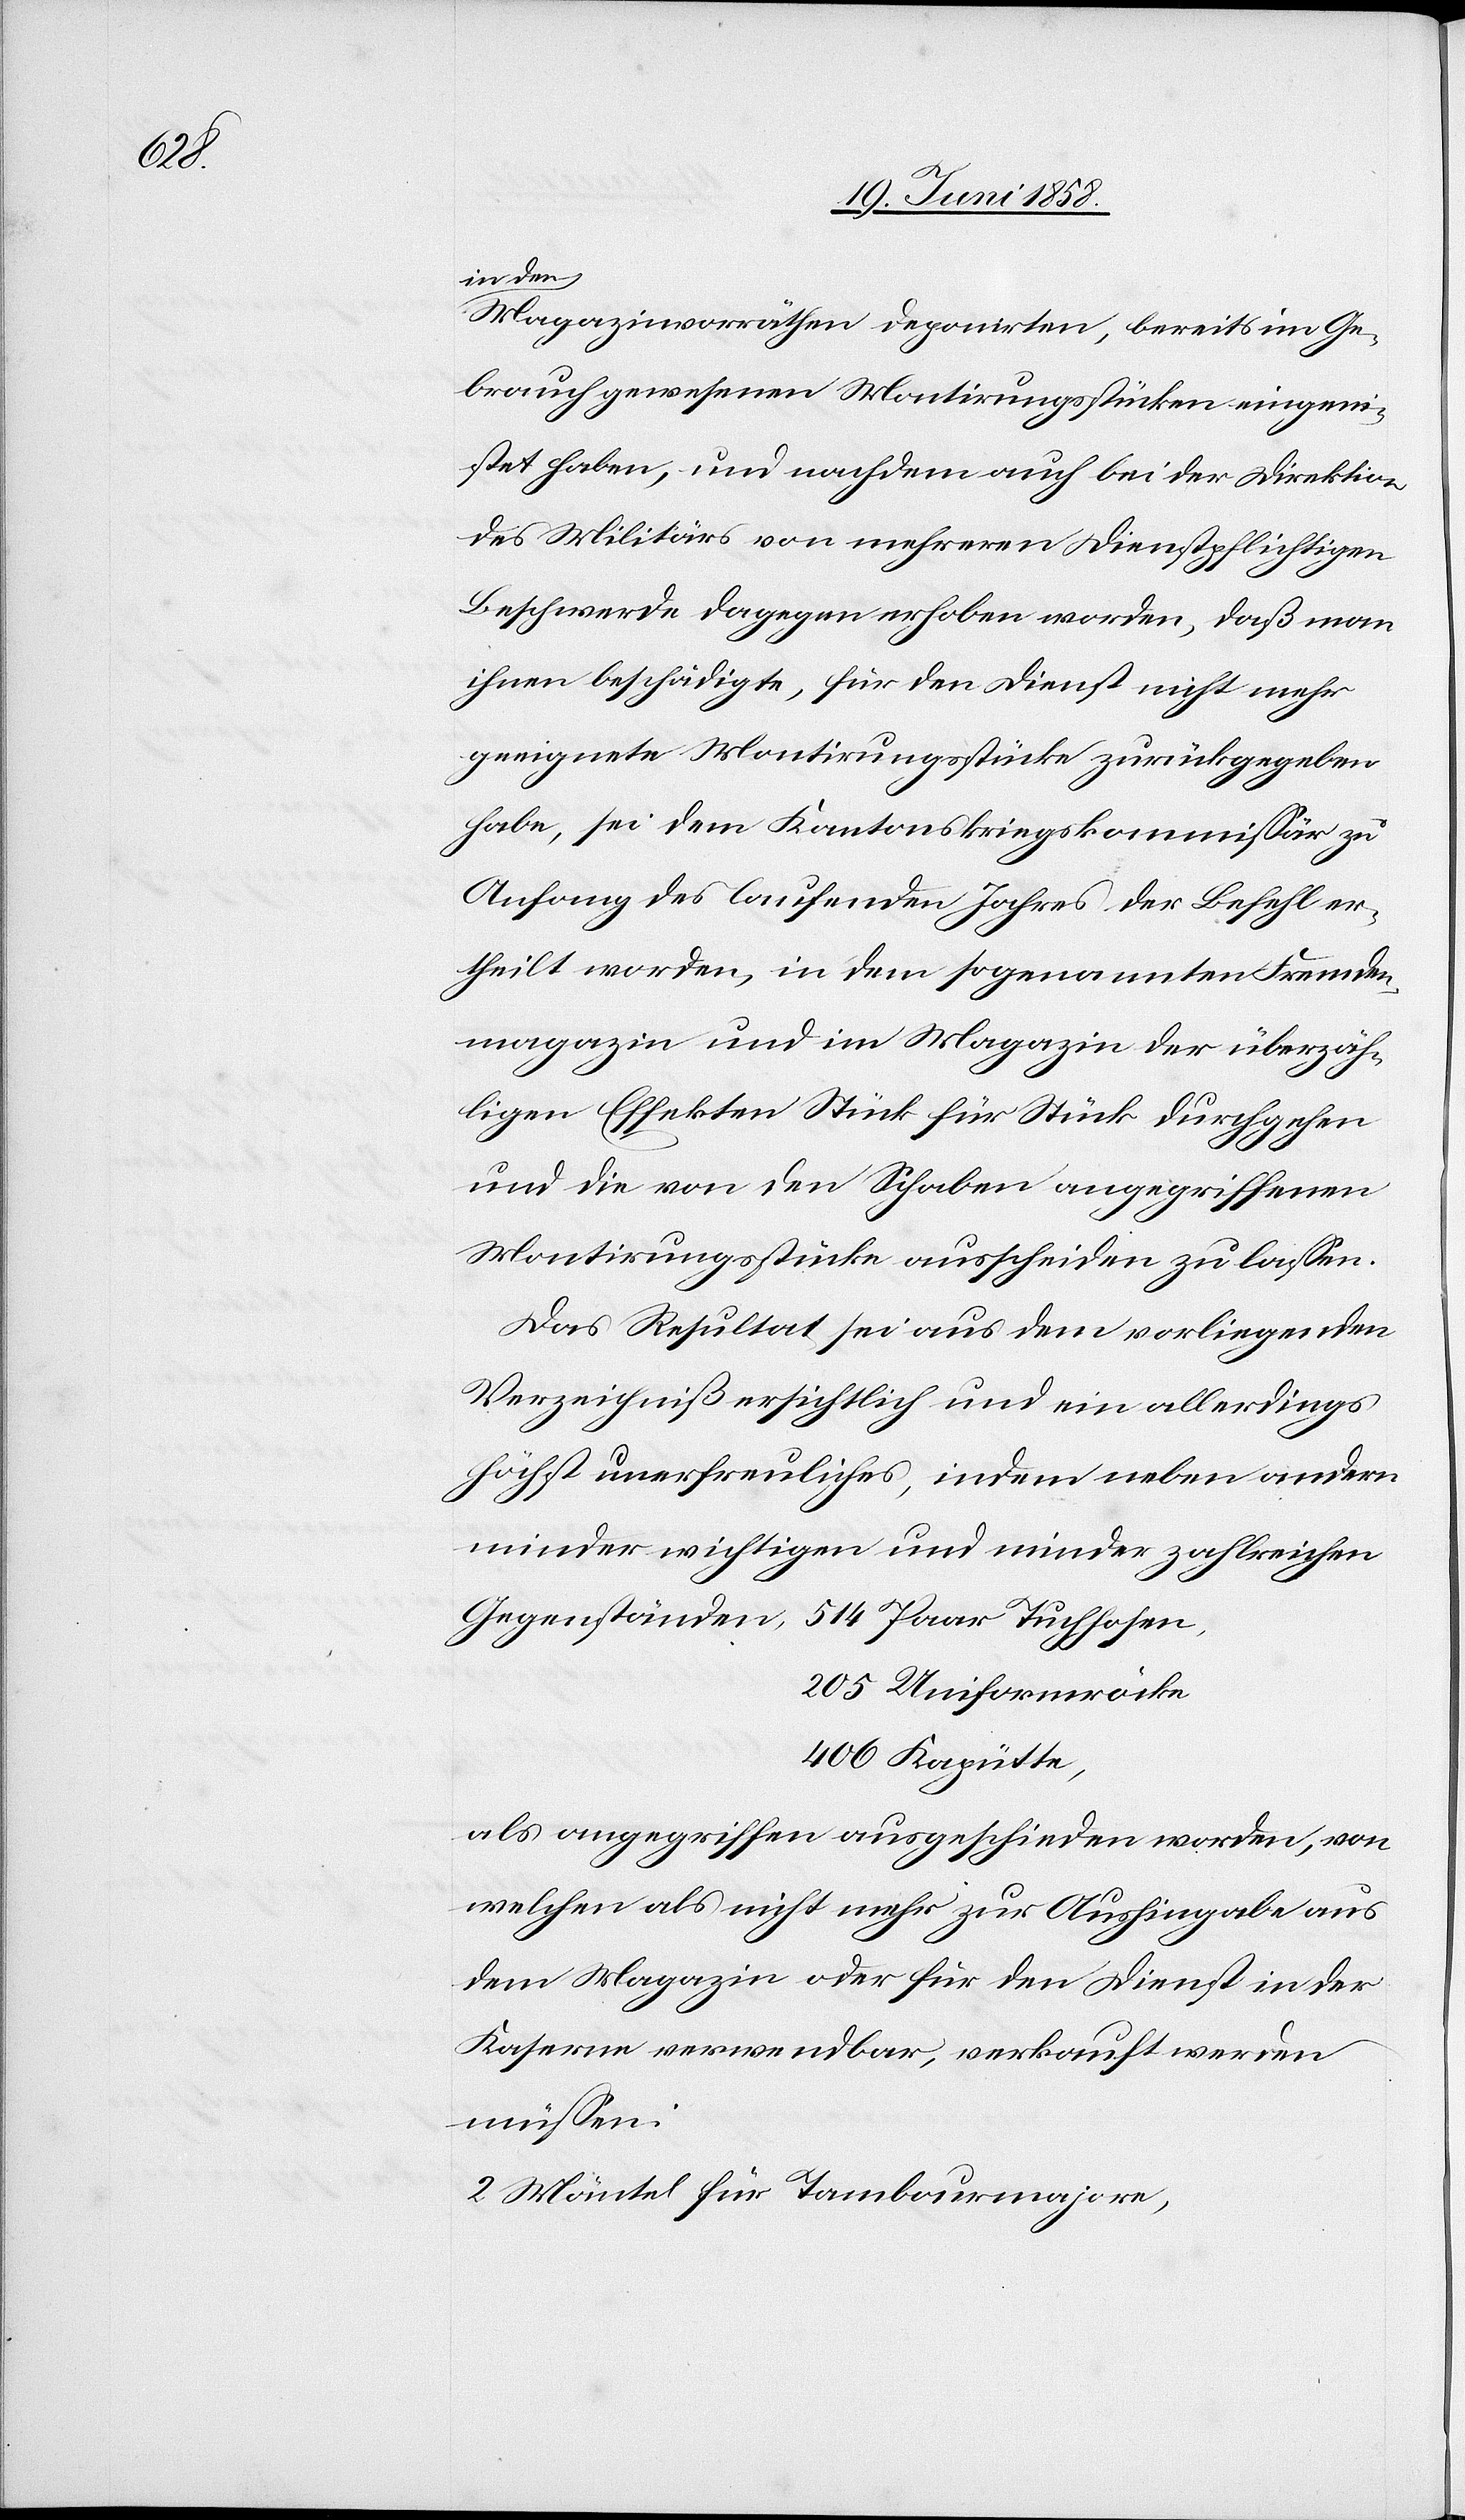
Magazinvorräthen deponirten, bereits im Ge¬
brauch gewesenen Montirungsstücken eingeni¬
stet haben, und nachdem auch bei der Direktion
des Militärs von mehreren Dienstpflichtigen
Beschwerde dagegen erhoben worden, daß man
ihnen beschädigte, für den Dienst nicht mehr
geeignete Montirungsstücke zurückgegeben
habe, sei dem Kantonskriegskommissär zu
Anfang des laufenden Jahres der Befehl er¬
theilt worden, in dem sogenannten Fremden¬
magazin und im Magazin der überzäh¬
ligen Effekten Stück für Stück durchgehen
und die von den Schaben angegriffenen
Montirungsstücke ausscheiden zu lassen.
Das Resultat sei aus dem vorliegenden
Verzeichniß ersichtlich und ein allerdings
höchst unerfreuliches, indem neben andern
minder wichtigen und minder zahlreichen
205 Uniformröcke
406 Kapütte,
als angegriffen ausgeschieden worden, von
welchen als nicht mehr zur Aushingabe aus
dem Magazin oder für den Dienst in der
Kaserne verwendbar, verkauft werden
müssen:
2 Mäntel für Tambourmajore,